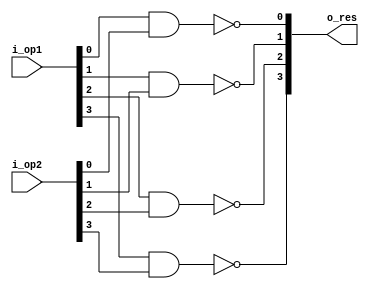
module bitwise_nand(i_op1, i_op2, o_res);
parameter WIDTH = 4;
input [WIDTH-1:0] i_op1, i_op2;
output [WIDTH-1:0] o_res;
generate
	genvar i;
	for(i=0; i<WIDTH; i=i+1) begin: or_bus
		nand(o_res[i], i_op1[i], i_op2[i]);
	end
endgenerate
endmodule

module tb_nand();
parameter WIDTH = 4;
reg [WIDTH-1:0] op1, op2, control_res;
wire [WIDTH-1:0] res;
bitwise_nand #(.WIDTH(WIDTH)) inst(
	.i_op1(op1),
	.i_op2(op2),
	.o_res(res)
	);

integer i, j, error_count;
initial begin
op1 = 0;
op2 = 0;
control_res = 0;
error_count = 0;
for(i=0; i<2**WIDTH; i=i+1) begin
	op1 = i;
	for(j=0; j<2**WIDTH; j=j+1)begin
		op2 = j;
		#10;
		control_res = ~(op1&op2);
		if(control_res!=res)begin
			$display("Error with %b, %b. Expected %b, got %b.", op1, op2, control_res, res);
			error_count = error_count+1;
		end
	end
end
$display("%d errors during simulation", error_count);
$finish();
end
endmodule